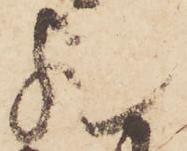
欤